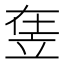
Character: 𥩴